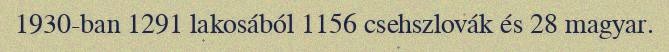
1930-ban 1291 lakosából 1156 csehszlovák és 28 magyar.